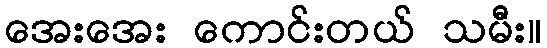
အေးအေး ကောင်းတယ် သမီး။